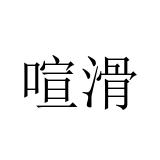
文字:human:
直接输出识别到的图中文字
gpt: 喧滑